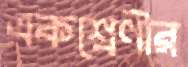
একশ্রেণীর